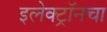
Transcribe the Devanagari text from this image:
इलेक्ट्रॉनचा